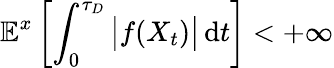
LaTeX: \mathbb{E}^{x}\left[\int_{0}^{\tau_{D}}{\big|}f(X_{t}){\big|}\, \mathrm{d}t\right]<+\infty